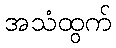
အသံထွက်